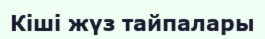
Кіші жүз тайпалары